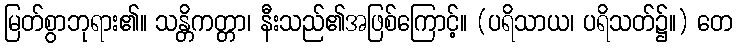
မြတ်စွာဘုရား၏။ သန္တိကတ္တာ၊ နီးသည်၏အဖြစ်ကြောင့်။ (ပရိသာယ၊ ပရိသတ်၌။) တေ